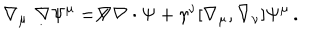
LaTeX: \nabla _ { \mu } \not \! \nabla \Psi ^ { \mu } = \not \! \nabla \nabla \cdot \Psi + \gamma ^ { \nu } [ \nabla _ { \mu } , \nabla _ { \nu } ] \Psi ^ { \mu } \, .